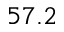
5 7 . 2